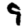
Digit: 9